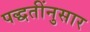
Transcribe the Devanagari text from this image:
पद्धतींनुसार